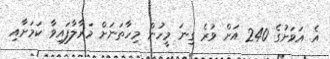
އެ އަވަށުގެ 240 އަށް ވުރެ ގިނަ މީހުން މިހާތަނަށް މަރާލާފައިވާ ކަމަށާއި